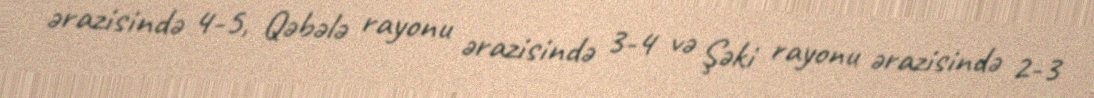
ərazisində 4-5, Qəbələ rayonu ərazisində 3-4 və Şəki rayonu ərazisində 2-3